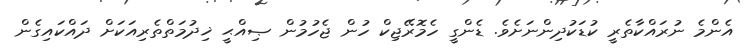
އެންމެ ނުރައްކާތެރީ ކުޑަކުދިންނަށެވެ. ޑެންގީ ހެމޮރޭޖިކް ހުން ޖެހުމުން ޞިއްޙީ ޚިދުމަތްތެރިއަކަށް ދައްކައިގެން